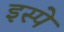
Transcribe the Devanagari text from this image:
इस्पे